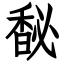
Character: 馝